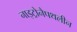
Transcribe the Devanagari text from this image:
नाइट्रोनैपथलीन